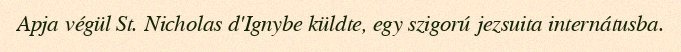
Apja végül St. Nicholas d'Ignybe küldte, egy szigorú jezsuita internátusba.